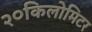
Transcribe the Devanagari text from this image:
२०किलोमिटर